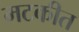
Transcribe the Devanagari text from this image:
मटकीत